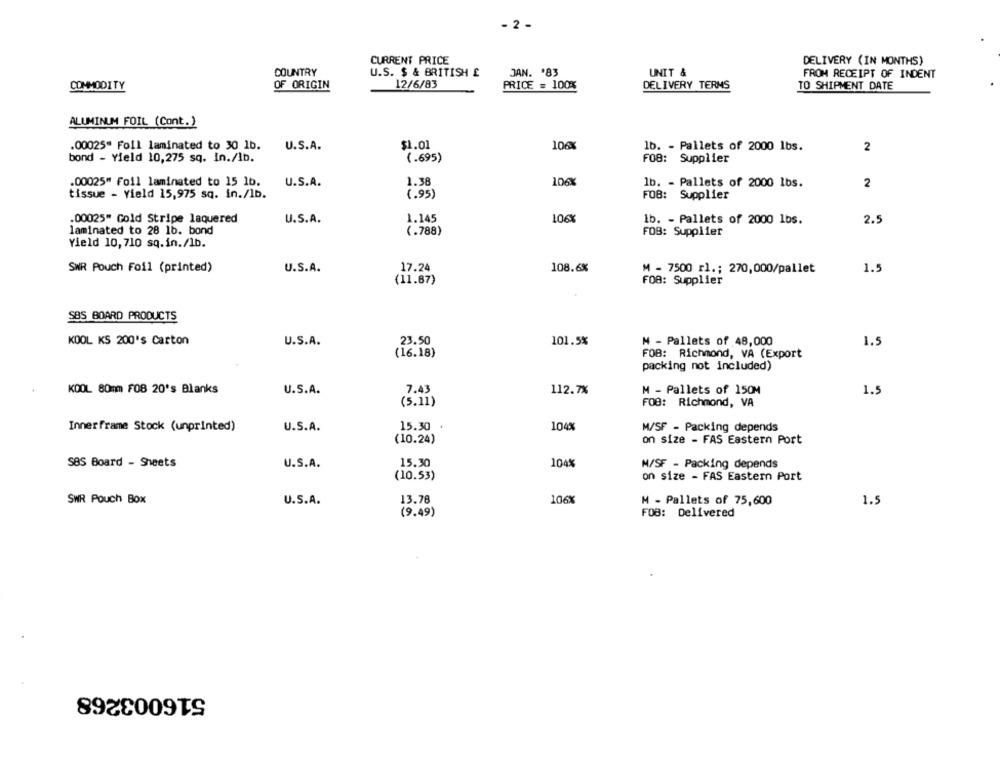
- 2 -
CURRENT PRICE
DELIVERY (IN MONTHS)
COUNTRY
U.S. $ & BRITISH £
JAN. '83
UNIT &
FROM RECEIPT OF INDENT
12/6/83
COMMODITY
OF ORIGIN
PRICE = 100%
DELIVERY TERMS
TO SHIPMENT DATE
ALUMINUM FOIL (Cont.)
$1.01
106%
.00025" Foll laminated to 30 1b.
U.S.A.
lb. - Pallets of 2000 1bs.
2
bond - Yield 10,275 sq. in./1b.
(.695)
FOB: Supplier
.00025" foil laminated to 15 1b.
U.S.A.
1.38
106
lb. - Pallets of 2000 lbs.
2
tissue - Yield 15,975 sq. in./1b.
(.95)
FOB: Supplier
.00025" Gold Stripe laquered
U.S.A.
1.145
106X
lb. - Pallets of 2000 1bs.
2.
laminated to 28 1b. bond
(.788)
FOB: Supplier
Yield 10, 710 sq.in./1b.
U.S.A.
17.24
SWR Pouch Foil (printed)
108.6%
M - 7500 rl .; 270,000/pallet
1.5
(11.67)
FOB: Supplier
SBS BOARD PRODUCTS
KOOL KS 200's Carton
U.S.A.
23.50
101.5%
M - Pallets of 48,000
1.5
(16.18)
FOB: Richmond, VA (Export
packing not included)
KOOL 80mm FOB 20's Blanks
U.S.A.
7.43
112.7%
M - Pallets of 150M
1.5
(5.11)
FOB: Richmond, VA
15.30
Innerframe Stock (unprinted)
U.S.A.
104%
M/SF - Packing depends
(10.24)
on size - FAS Eastern Port
SBS Board - Sheets
15.30
104%
M/SF - Packing depends
U.S.A.
(10.53)
on size - FAS Eastern Port
SWR Pouch Box
U.S.A.
13.78
106%
M - Pallets of 75,600
1.5
(9.49)
FOB: Delivered
516003268